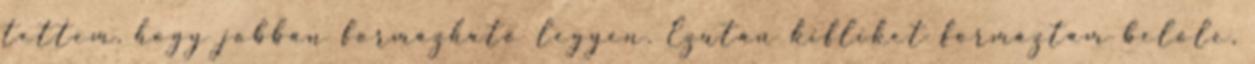
tettem, hogy jobban formázható legyen. Ezután kifliket formáztam belőle,